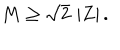
M \geq \sqrt { 2 } \, \left| Z \right| .